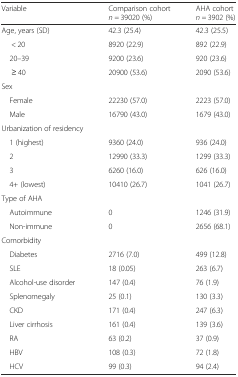
<table><thead><tr><td><b>Variable</b></td><td><b>Comparison cohort <i>n =</i> 39020 (%)</b></td><td><b>AHA cohort <i>n =</i> 3902 (%)</b></td></tr></thead><tbody><tr><td>Age, years (SD)</td><td>42.3 (25.4)</td><td>42.3 (25.5)</td></tr><tr><td>&lt; 20</td><td>8920 (22.9)</td><td>892 (22.9)</td></tr><tr><td> 20–39</td><td>9200 (23.6)</td><td>920 (23.6)</td></tr><tr><td>≥ 40</td><td>20900 (53.6)</td><td>2090 (53.6)</td></tr><tr><td>Sex</td><td></td><td></td></tr><tr><td> Female</td><td>22230 (57.0)</td><td>2223 (57.0)</td></tr><tr><td> Male</td><td>16790 (43.0)</td><td>1679 (43.0)</td></tr><tr><td>Urbanization of residency</td><td></td><td></td></tr><tr><td> 1 (highest)</td><td>9360 (24.0)</td><td>936 (24.0)</td></tr><tr><td> 2</td><td>12990 (33.3)</td><td>1299 (33.3)</td></tr><tr><td> 3</td><td>6260 (16.0)</td><td>626 (16.0)</td></tr><tr><td> 4+ (lowest)</td><td>10410 (26.7)</td><td>1041 (26.7)</td></tr><tr><td>Type of AHA</td><td></td><td></td></tr><tr><td> Autoimmune</td><td>0</td><td>1246 (31.9)</td></tr><tr><td> Non-immune</td><td>0</td><td>2656 (68.1)</td></tr><tr><td>Comorbidity</td><td></td><td></td></tr><tr><td> Diabetes</td><td>2716 (7.0)</td><td>499 (12.8)</td></tr><tr><td> SLE</td><td>18 (0.05)</td><td>263 (6.7)</td></tr><tr><td> Alcohol-use disorder</td><td>147 (0.4)</td><td>76 (1.9)</td></tr><tr><td> Splenomegaly</td><td>25 (0.1)</td><td>130 (3.3)</td></tr><tr><td> CKD</td><td>171 (0.4)</td><td>247 (6.3)</td></tr><tr><td> Liver cirrhosis</td><td>161 (0.4)</td><td>139 (3.6)</td></tr><tr><td> RA</td><td>63 (0.2)</td><td>37 (0.9)</td></tr><tr><td> HBV</td><td>108 (0.3)</td><td>72 (1.8)</td></tr><tr><td> HCV</td><td>99 (0.3)</td><td>94 (2.4)</td></tr></tbody></table>